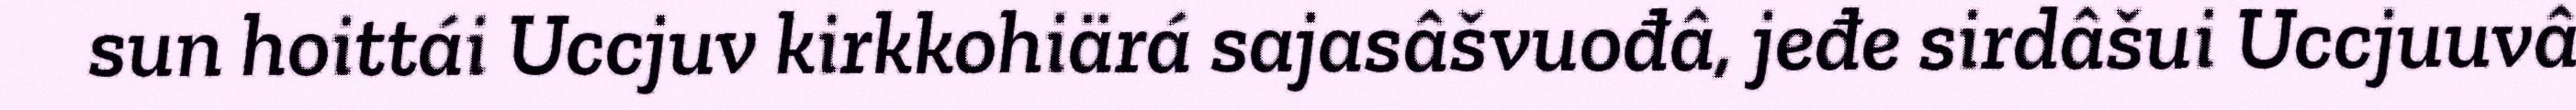
sun hoittái Uccjuv kirkkohiärá sajasâšvuođâ, jeđe sirdâšui Uccjuuvâ